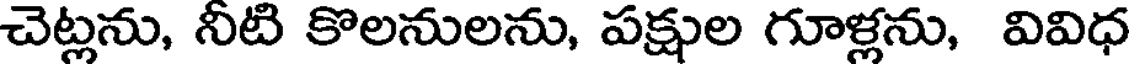
చెట్లను, నీటి కొలనులను, పక్షుల గూళ్లను, వివిధ